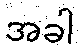
အခါ